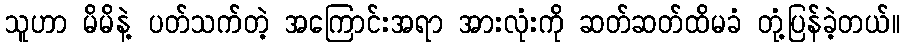
သူဟာ မိမိနဲ့ ပတ်သက်တဲ့ အကြောင်းအရာ အားလုံးကို ဆတ်ဆတ်ထိမခံ တုံ့ပြန်ခဲ့တယ်။